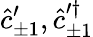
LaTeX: \hat{c}_{\pm 1}^{\prime},\hat{c}_{\pm 1}^{\prime\dagger}